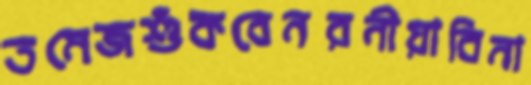
তমেজশুঁকবেনরনীয়াবিনা